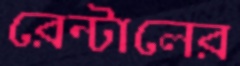
রেন্টালের